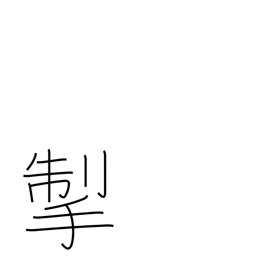
Meaning: pull back